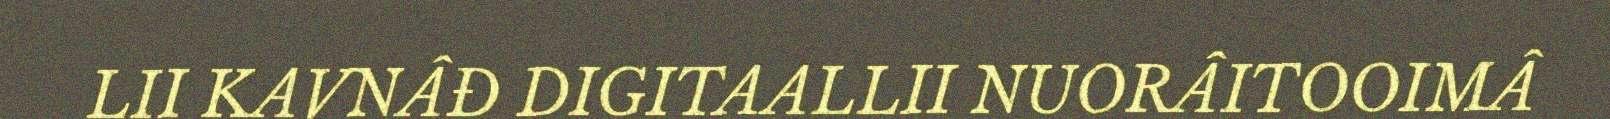
LII KAVNÂĐ DIGITAALLII NUORÂITOOIMÂ